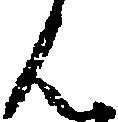
ん